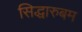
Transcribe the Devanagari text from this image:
सिद्धारुबम